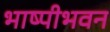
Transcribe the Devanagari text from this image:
भाष्पीभवन